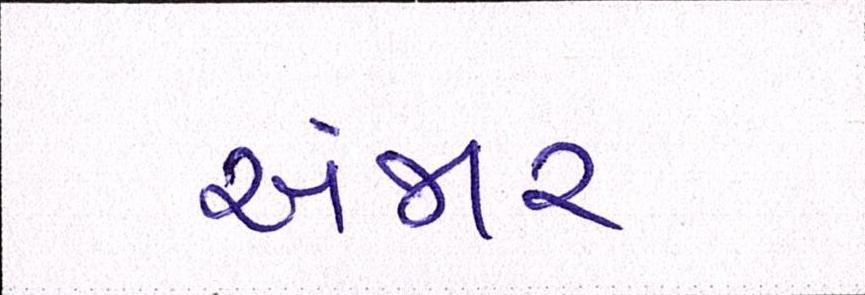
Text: અંજાર